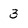
Character: 3